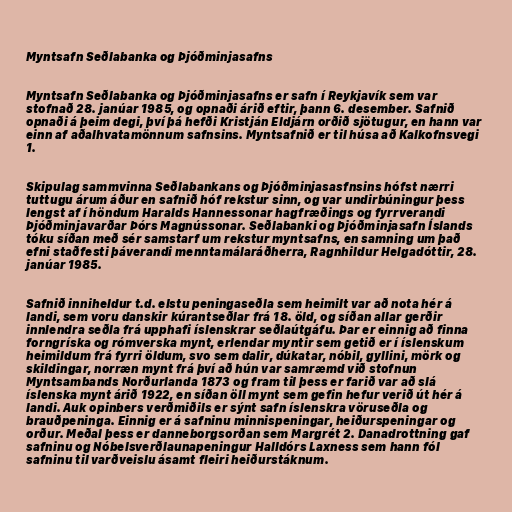
Myntsafn Seðlabanka og Þjóðminjasafns

Myntsafn Seðlabanka og Þjóðminjasafns er safn í Reykjavík sem var
stofnað 28. janúar 1985, og opnaði árið eftir, þann 6. desember. Safnið
opnaði á þeim degi, því þá hefði Kristján Eldjárn orðið sjötugur, en hann var
einn af aðalhvatamönnum safnsins. Myntsafnið er til húsa að Kalkofnsvegi
1.

Skipulag sammvinna Seðlabankans og Þjóðminjasasfnsins hófst nærri
tuttugu árum áður en safnið hóf rekstur sinn, og var undirbúningur þess
lengst af í höndum Haralds Hannessonar hagfræðings og fyrrverandi
Þjóðminjavarðar Þórs Magnússonar. Seðlabanki og Þjóðminjasafn Íslands
tóku síðan með sér samstarf um rekstur myntsafns, en samning um það
efni staðfesti þáverandi menntamálaráðherra, Ragnhildur Helgadóttir, 28.
janúar 1985.

Safnið inniheldur t.d. elstu peningaseðla sem heimilt var að nota hér á
landi, sem voru danskir kúrantseðlar frá 18. öld, og síðan allar gerðir
innlendra seðla frá upphafi íslenskrar seðlaútgáfu. Þar er einnig að finna
forngríska og rómverska mynt, erlendar myntir sem getið er í íslenskum
heimildum frá fyrri öldum, svo sem dalir, dúkatar, nóbil, gyllini, mörk og
skildingar, norræn mynt frá því að hún var samræmd við stofnun
Myntsambands Norðurlanda 1873 og fram til þess er farið var að slá
íslenska mynt árið 1922, en síðan öll mynt sem gefin hefur verið út hér á
landi. Auk opinbers verðmiðils er sýnt safn íslenskra vöruseðla og
brauðpeninga. Einnig er á safninu minnispeningar, heiðurspeningar og
orður. Meðal þess er danneborgsorðan sem Margrét 2. Danadrottning gaf
safninu og Nóbelsverðlaunapeningur Halldórs Laxness sem hann fól
safninu til varðveislu ásamt fleiri heiðurstáknum.